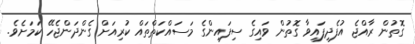
ގޮތުން ރާއްޖެ އުފެދިފައިވާ ގޮތުން ވައިގެ ސިފައިންގެ މަސައްކަތްތައް ކުރިއަށް ގެންދަންޖެހޭ ކަމަށެވެ.